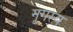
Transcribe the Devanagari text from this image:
नृगस्य